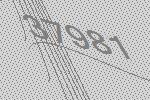
37981